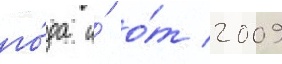
го́да и́ о́т 2009